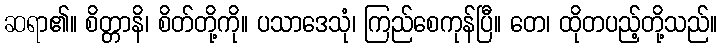
ဆရာ၏။ စိတ္တာနိ၊ စိတ်တို့ကို။ ပသာဒေသုံ၊ ကြည်စေကုန်ပြီ။ တေ၊ ထိုတပည့်တို့သည်။